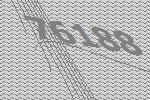
76188